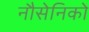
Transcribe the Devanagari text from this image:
नौसेनिको